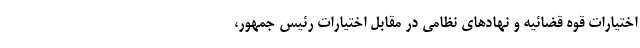
اختیارات قوه قضائیه و نهادهای نظامی در مقابل اختیارات رئیس جمهور،